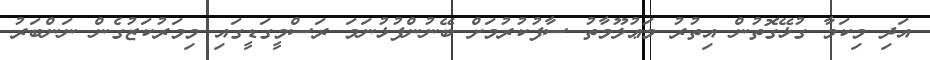
އަދި މިކަމާ ގުޅޭގޮތުން އިތުރު މަޢުލޫމާތު ސާފުކުރުމަށް ބޭނުންފުޅުނަމަ ރަސްމީގަޑީގައި މިމަރުކަޒުގެން ނަންބަރު